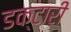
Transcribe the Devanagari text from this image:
डक्टारी